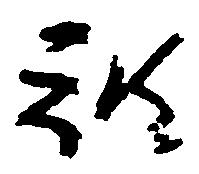
被